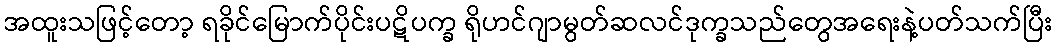
အထူးသဖြင့်တော့ ရခိုင်မြောက်ပိုင်းပဋိပက္ခ ရိုဟင်ဂျာမွတ်ဆလင်ဒုက္ခသည်တွေအရေးနဲ့ပတ်သက်ပြီး